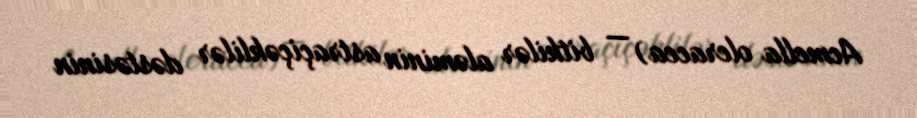
Acmella oleracea) — bitkilər aləminin astraçiçəklilər dəstəsinin